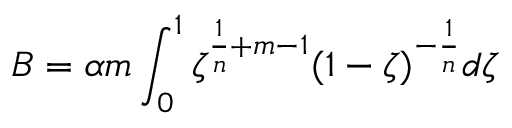
B = \alpha m \int _ { 0 } ^ { 1 } \zeta ^ { \frac { 1 } { n } + m - 1 } ( 1 - \zeta ) ^ { - \frac { 1 } { n } } d \zeta